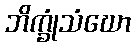
ဘိက္ခုံသံဃော